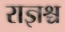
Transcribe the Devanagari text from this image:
राज्ञश्च